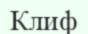
Клиф